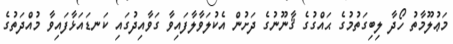
މަޢުލޫމާތު ހޯދާ ލިބިގަތުމުގެ ޙައްގުގެ ޤާނޫނުގެ ދަށުން އެކުލަވާލާފައިވާ ގަވާއިދުގައި ކަނޑައަޅާފައިވާ މުއްދަތުގެ